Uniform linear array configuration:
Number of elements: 16
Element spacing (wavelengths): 0.5
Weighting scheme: cosine
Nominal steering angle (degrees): -15
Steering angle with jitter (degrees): -15.045
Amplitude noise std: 0.05
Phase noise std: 0.05

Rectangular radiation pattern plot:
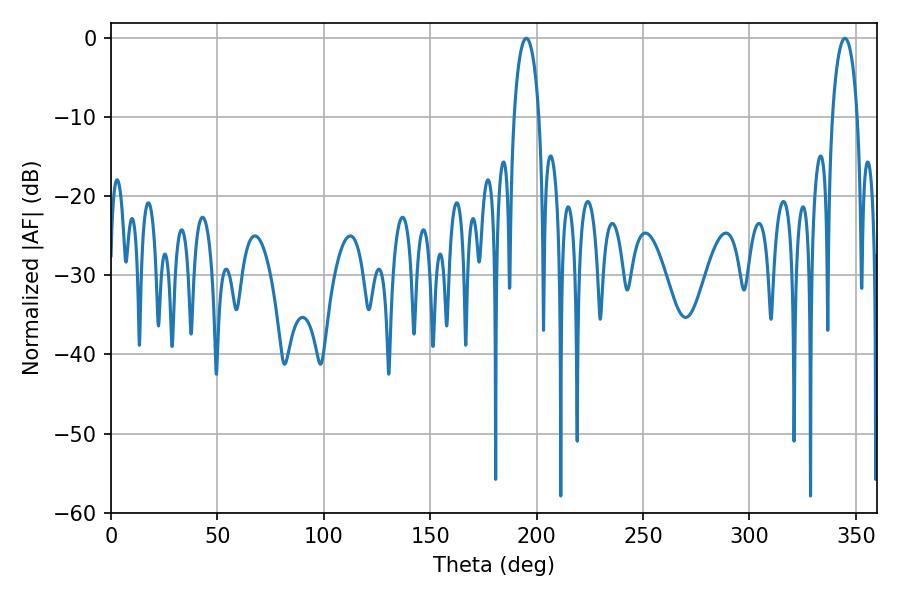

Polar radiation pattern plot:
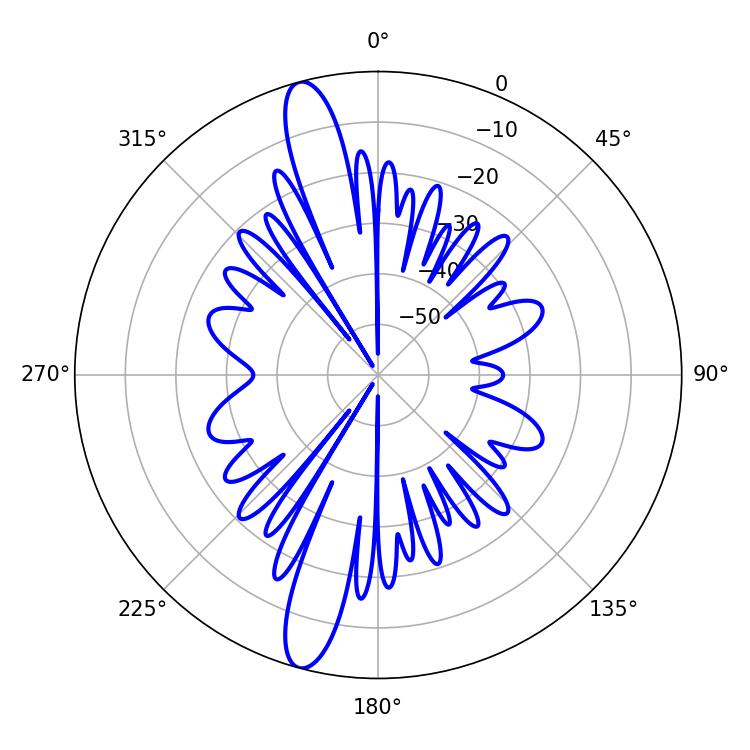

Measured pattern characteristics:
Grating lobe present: FALSE
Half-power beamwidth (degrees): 6.66
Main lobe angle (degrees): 195.12